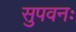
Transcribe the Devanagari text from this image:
सुपवनः